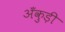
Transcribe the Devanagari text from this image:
अँकुड़ी